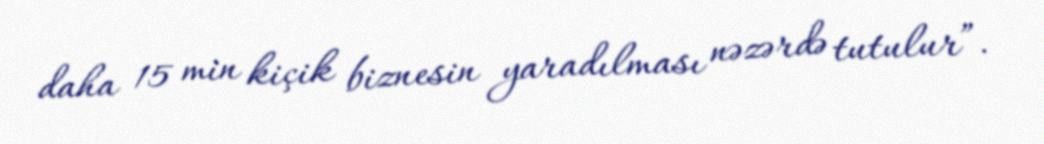
daha 15 min kiçik biznesin yaradılması nəzərdə tutulur”.